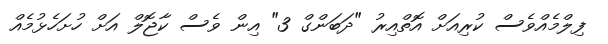
ފިލްމެއްވެސް ކުރިއަށް އޮތްއިރު "ދަބަންގް 3" އިން ވެސް ކާޖޮލް އަށް ހުށަހެޅުމެއް